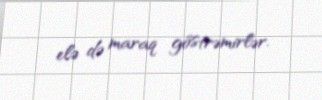
elə də maraq göstrəmirlər.